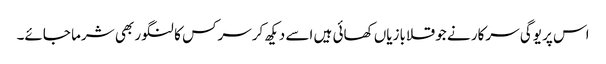
اس پر یوگی سرکار نے جو قلابازیاں کھائی ہیں اسے دیکھ کرسرکس کا لنگور بھی شرما جائے۔